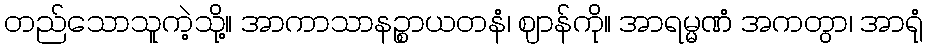
တည်သောသူကဲ့သို့။ အာကာသာနဉ္စာယတနံ၊ ဈာန်ကို။ အာရမ္မဏံ အကတွာ၊ အာရုံ